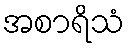
အစာရိသံ